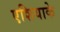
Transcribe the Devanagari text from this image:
एशियाके